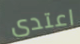
اعتدى